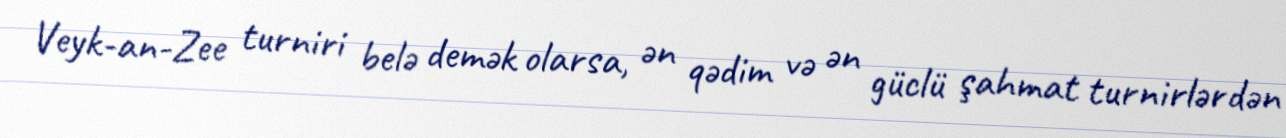
Veyk-an-Zee turniri belə demək olarsa, ən qədim və ən güclü şahmat turnirlərdən